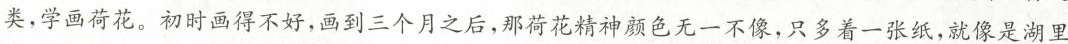
类，学画荷花。初时画得不好，画到三个月之后，那荷花精神颜色无一不像，只多着一张纸，就像是湖里